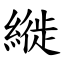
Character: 縰